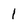
Character: 1